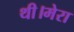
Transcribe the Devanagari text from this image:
थी।मेरा